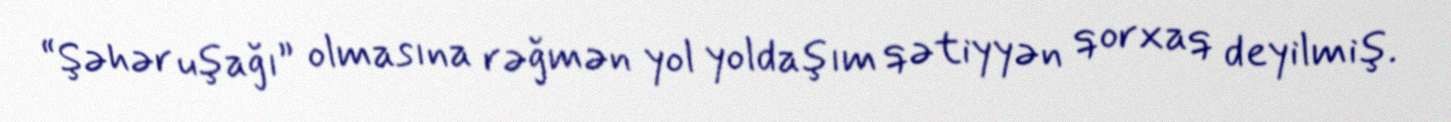
“Şəhər uşağı” olmasına rəğmən yol yoldaşım qətiyyən qorxaq deyilmiş.